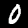
Digit: 0